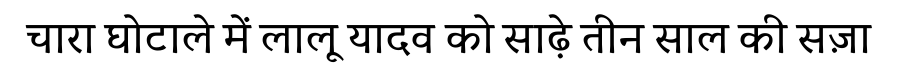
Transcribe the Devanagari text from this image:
चारा घोटाले में लालू यादव को साढ़े तीन साल की सज़ा